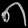
Digit: ၈